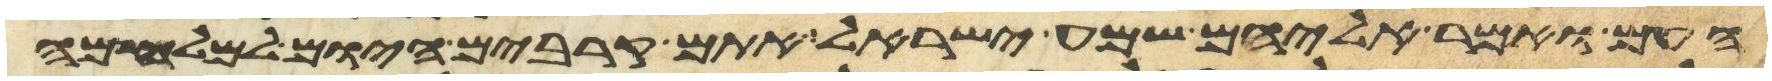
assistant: העם ואמר אליהם שמע ישראל אתם קרבים היום למלחמה